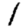
Digit: 1